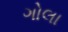
ગોલા